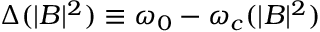
\Delta ( | B | ^ { 2 } ) \equiv \omega _ { 0 } - \omega _ { c } ( | B | ^ { 2 } )